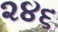
૨૪૬